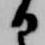
日